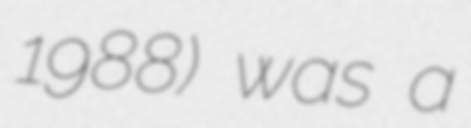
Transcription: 1988) was a